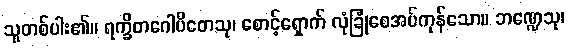
သူတစ်ပါး၏။ ရက္ခိတဂေါပိတေသု၊ စောင့်ရှောက် လုံခြုံစေအပ်ကုန်သော။ ဘဏ္ဍေသု၊